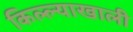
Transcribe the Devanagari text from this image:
किल्ल्याखाली